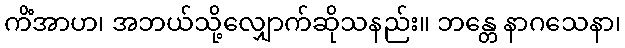
ကိံအာဟ၊ အဘယ်သို့လျှောက်ဆိုသနည်း။ ဘန္တေ နာဂသေနာ၊